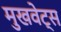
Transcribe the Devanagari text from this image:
मुखवेट्स